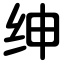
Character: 绅